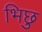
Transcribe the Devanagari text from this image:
भिछु